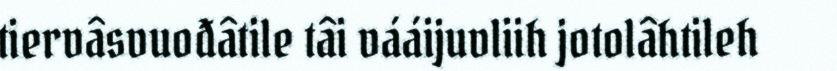
tiervâsvuođâtile tâi vááijuvliih jotolâhtileh